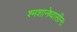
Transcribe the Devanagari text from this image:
श्मशानेष्वासीनः